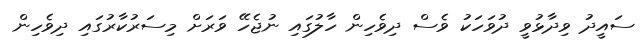
ސައީދު ވިދާޅުވީ ދުވަހަކު ވެސް ދިވެހިން ހާލުގައި ނުޖެހޭ ވަރަށް މިސަރުކާރުގައި ދިވެހިން